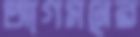
আগমনের